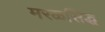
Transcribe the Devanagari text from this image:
मरळसिद्ध